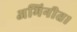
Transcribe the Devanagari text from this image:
अभिनीत।